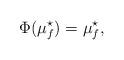
LaTeX: \begin{align*} \Phi (\mu_f^\star) = \mu_f^\star,\end{align*}